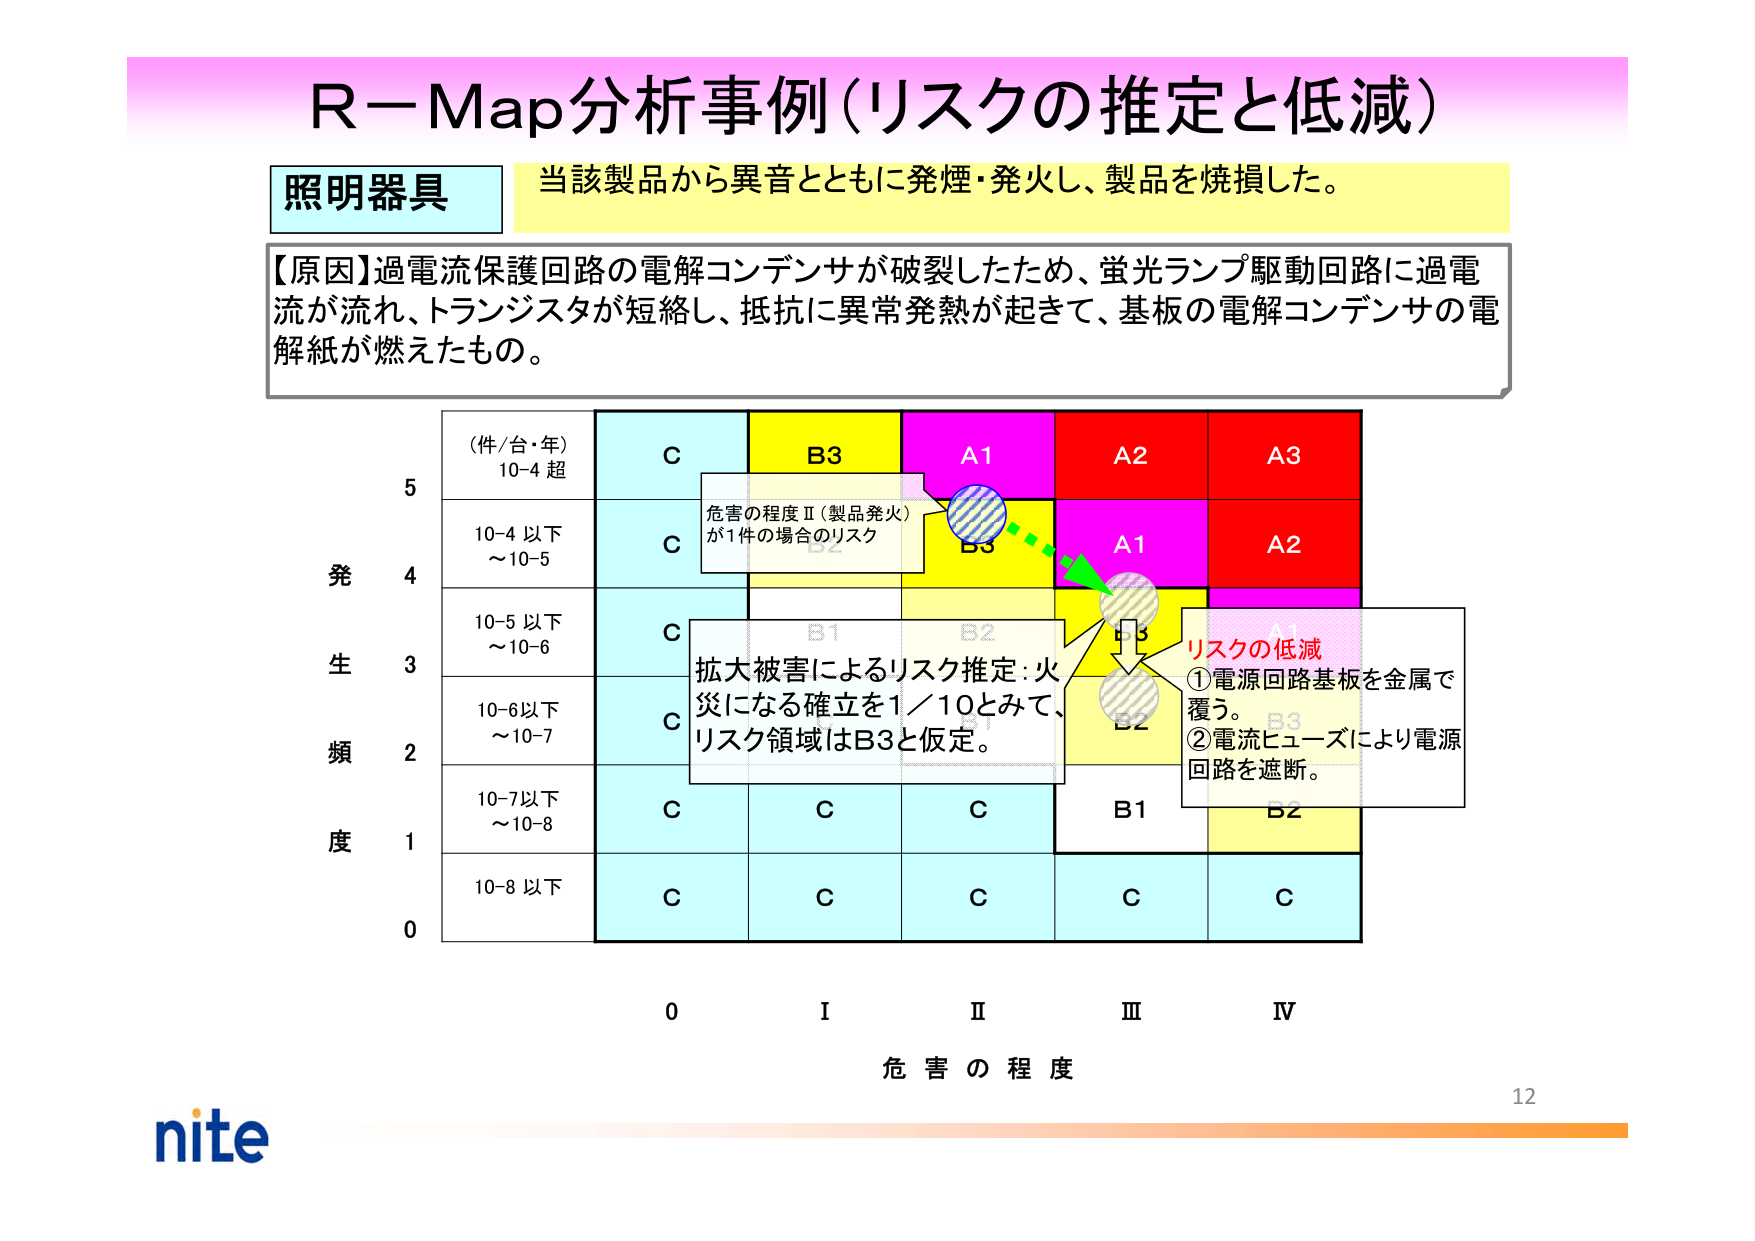
R－Map分析事例（リスクの推定と低減）

照明器具
当該製品から異音とともに発煙・発火し、製品を焼損した。

【原因】過電流保護回路の電解コンデンサが破裂したため、蛍光ランプ駆動回路に過電流が流れ、トランジスタが短絡し、抵抗に異常発熱が起きて、基板の電解コンデンサの電解紙が燃えたもの。

（件/台・年）
10-4 超
C
B3
A1
A2
A3

10-4 以下
～10-5
C
B3
A1
A2

10-5 以下
～10-6
C
B1
B2
B3
A1

10-6以下
～10-7
C
B1
B2
B3

10-7以下
～10-8
C
C
C
B1
B2

10-8 以下
C
C
C
C
C

発生頻度
5
4
3
2
1
0

0
I
II
III
IV
危害の程度

危害の程度Ⅱ（製品発火）が1件の場合のリスク

拡大被害によるリスク推定：火災になる確立を1／10とみて、リスク領域はB3と仮定。

リスクの低減
①電源回路基板を金属で覆う。
②電流ヒューズにより電源回路を遮断。

nite
12